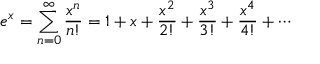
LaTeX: e ^ { x } = \sum _ { n = 0 } ^ { \infty } { \frac { x ^ { n } } { n ! } } = 1 + x + { \frac { x ^ { 2 } } { 2 ! } } + { \frac { x ^ { 3 } } { 3 ! } } + { \frac { x ^ { 4 } } { 4 ! } } + \cdots